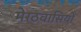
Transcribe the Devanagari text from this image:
मेरठवासियों